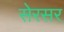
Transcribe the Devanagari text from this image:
सेरसर